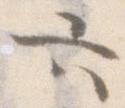
六